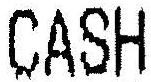
CASH